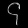
Digit: ၄